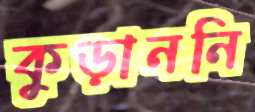
কুড়াননি